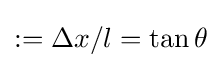
:=\Delta x/l=\tan \theta